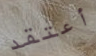
أعتقد